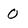
Character: 0